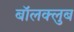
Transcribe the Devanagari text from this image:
बॉलक्लुब